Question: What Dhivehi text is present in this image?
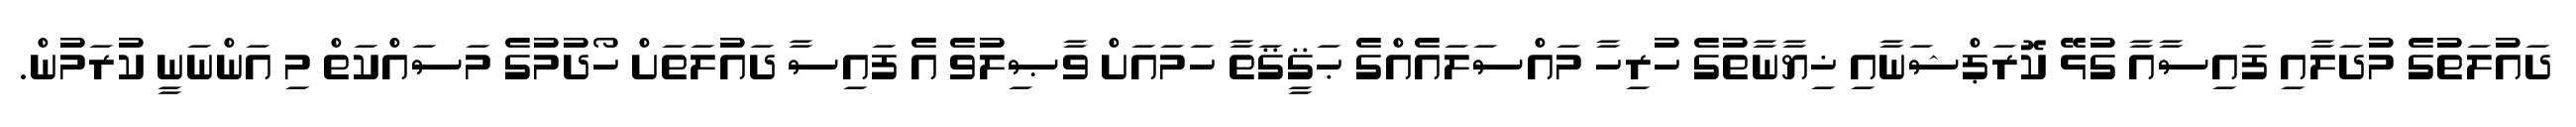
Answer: ދައުލަތުގެ މުދަލާއި ފައިސާއާ ގުޅޭ ކޮރަޕްޝަނާއި ޚިޔާނާތުގެ ހުރިހާ މައްސަލައެއްގެ ޙަޤީޤަތާ ހަމައަށް ވާޞިލުވެ އެ ފައިސާ ދައުލަތަށް ހޯދުމުގެ މަސައްކަތް މި އަންނަނީ ކުރަމުން.